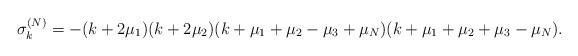
LaTeX: \begin{align*} \sigma_k^{(N)}=-(k+2\mu_1)(k+2\mu_2)(k+\mu_1+\mu_2-\mu_3+\mu_{N})(k+\mu_1+\mu_2+\mu_3-\mu_N).\end{align*}